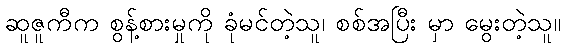
ဆူဇူကီက စွန့်စားမှုကို ခုံမင်တဲ့သူ၊ စစ်အပြီး မှာ မွေးတဲ့သူ။